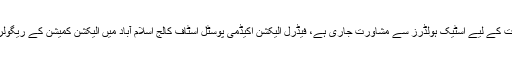
اس حوالے سے تربیتی مواد اور لاجسٹک انتظامات کے لیے اسٹیک ہولڈرز سے مشاورت جاری ہے، فیڈرل الیکشن اکیڈمی پوسٹل اسٹاف کالج اسلام آباد میں الیکشن کمیشن کے ریگولر عملے اور افسران کی تربیت کا آغاز کردیا ہے۔